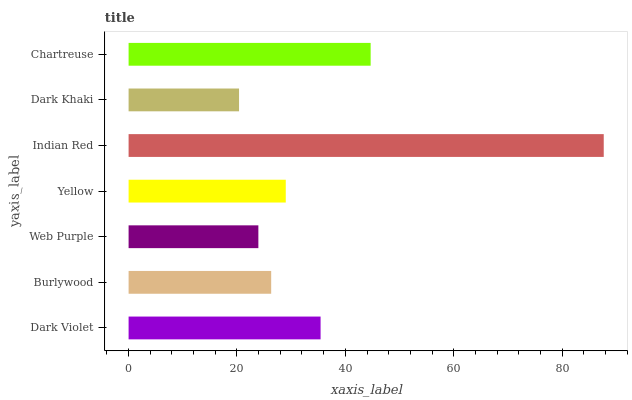
| yaxis_label | bars |
 | --- | --- |
 | Dark Violet | 35.4 |
 | Burlywood | 26.3 |
 | Web Purple | 24 |
 | Yellow | 29 |
 | Indian Red | 87.7 |
 | Dark Khaki | 20.4 |
 | Chartreuse | 44.7 |